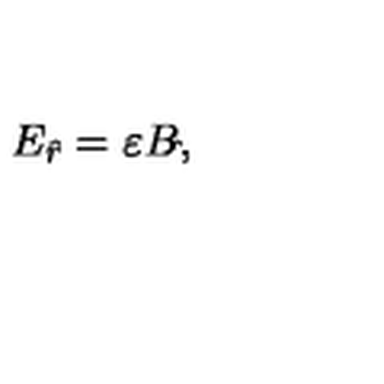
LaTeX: E _ { \hat { r } } = \varepsilon B _ { \hat { } } ,